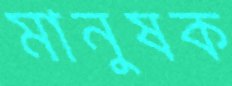
মানুষক